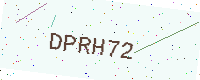
Text: DPRH72